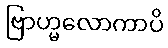
ဗြာဟ္မလောကာပိ